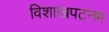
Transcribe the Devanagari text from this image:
विशाखपटनम